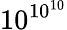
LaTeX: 10^{10^{10}}